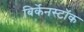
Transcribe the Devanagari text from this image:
बिर्केनस्टॉक